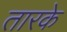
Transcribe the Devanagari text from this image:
तारके